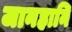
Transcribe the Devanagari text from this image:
जानहानि